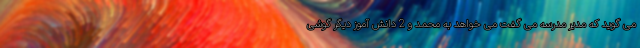
می گوید که مدیر مدرسه می گفت می خواهد به محمد و 2 دانش آموز دیگر گوشی